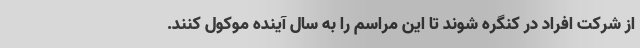
از شرکت افراد در کنگره شوند تا این مراسم را به سال آینده موکول کنند.